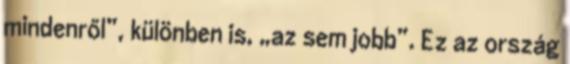
mindenről”, különben is, „az sem jobb”. Ez az ország